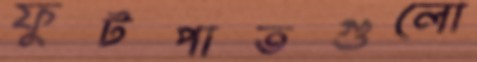
ফুটপাতগুলো